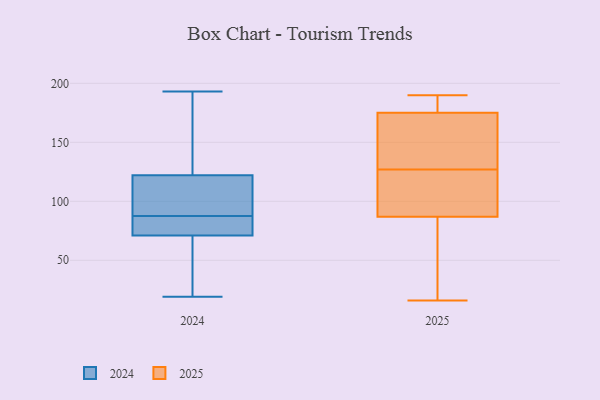
{"axis": {"x": "Headcount", "y": "Value"}, "legend": ["2024", "2025"], "data": [{"x": "", "y": 46, "type": "2025"}, {"x": "", "y": 144, "type": "2025"}, {"x": "", "y": 176, "type": "2025"}, {"x": "", "y": 138, "type": "2025"}, {"x": "", "y": 186, "type": "2025"}, {"x": "", "y": 168, "type": "2025"}, {"x": "", "y": 74, "type": "2025"}, {"x": "", "y": 175, "type": "2025"}, {"x": "", "y": 93, "type": "2025"}, {"x": "", "y": 116, "type": "2025"}, {"x": "", "y": 40, "type": "2025"}, {"x": "", "y": 106, "type": "2025"}, {"x": "", "y": 87, "type": "2025"}, {"x": "", "y": 16, "type": "2025"}, {"x": "", "y": 190, "type": "2025"}, {"x": "", "y": 142, "type": "2025"}, {"x": "", "y": 184, "type": "2025"}, {"x": "", "y": 91, "type": "2025"}, {"x": "", "y": 122, "type": "2024"}, {"x": "", "y": 25, "type": "2024"}, {"x": "", "y": 42, "type": "2024"}, {"x": "", "y": 169, "type": "2024"}, {"x": "", "y": 71, "type": "2024"}, {"x": "", "y": 134, "type": "2024"}, {"x": "", "y": 88, "type": "2024"}, {"x": "", "y": 112, "type": "2024"}, {"x": "", "y": 19, "type": "2024"}, {"x": "", "y": 110, "type": "2024"}, {"x": "", "y": 87, "type": "2024"}, {"x": "", "y": 82, "type": "2024"}, {"x": "", "y": 87, "type": "2024"}, {"x": "", "y": 193, "type": "2024"}]}